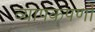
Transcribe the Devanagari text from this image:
व्यापकपर्णो